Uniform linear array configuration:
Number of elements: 32
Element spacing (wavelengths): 0.5
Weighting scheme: kaiser
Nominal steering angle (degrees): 0
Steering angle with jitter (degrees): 1.749
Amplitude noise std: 0.05
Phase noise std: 0.05

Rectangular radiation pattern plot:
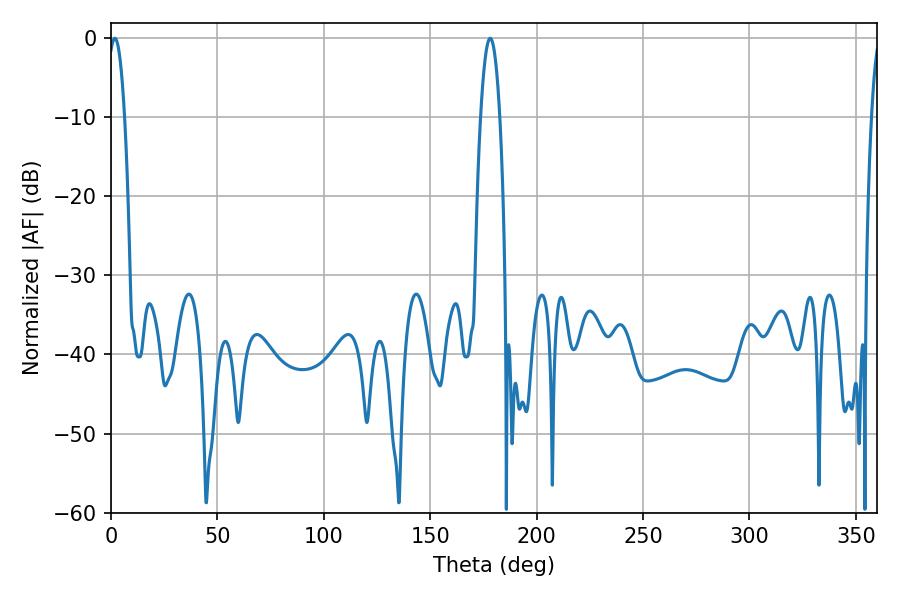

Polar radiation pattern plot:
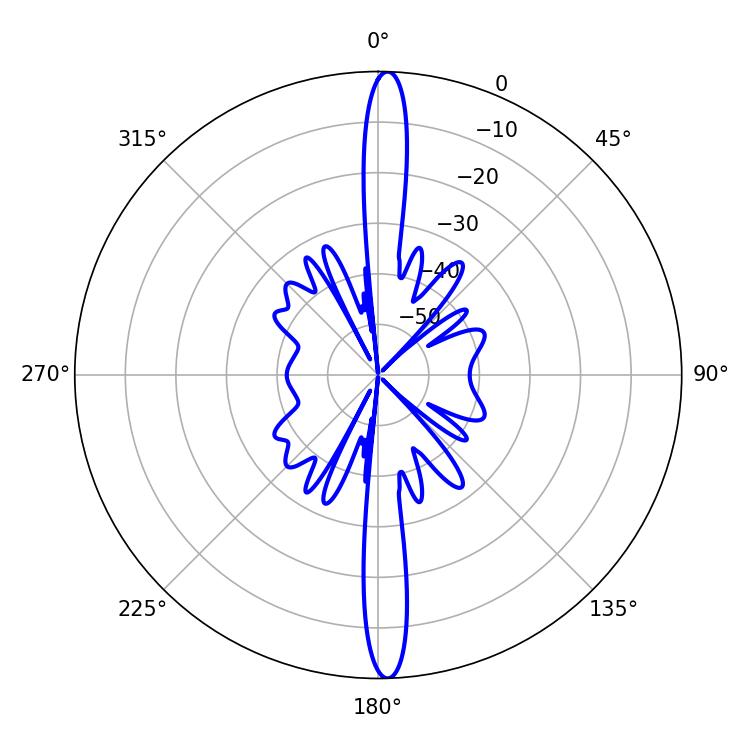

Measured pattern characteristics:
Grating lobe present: FALSE
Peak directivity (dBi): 25.259
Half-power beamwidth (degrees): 4.32
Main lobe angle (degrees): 1.8